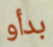
بدأو